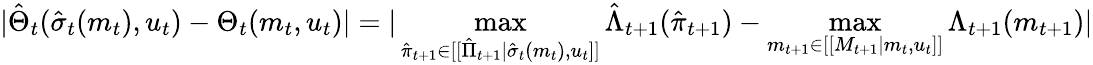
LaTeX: |\hat{\Theta}_{t}(\hat{\sigma}_{t}(m_{t}),u_{t})-\Theta_{t}(m_{t},u_{t})|=|\operatorname*{max}_{\hat{\pi}_{t+1}\in[[\hat{\Pi}_{t+1}|\hat{\sigma}_{t}(m_{t}),u_{t}]]}\hat{\Lambda}_{t+1}(\hat{\pi}_{t+1})-\operatorname*{max}_{m_{t+1}\in[[M_{t+1}|m_{t},u_{t}]]}\Lambda_{t+1}(m_{t+1})|